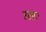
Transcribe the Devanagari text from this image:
रसः